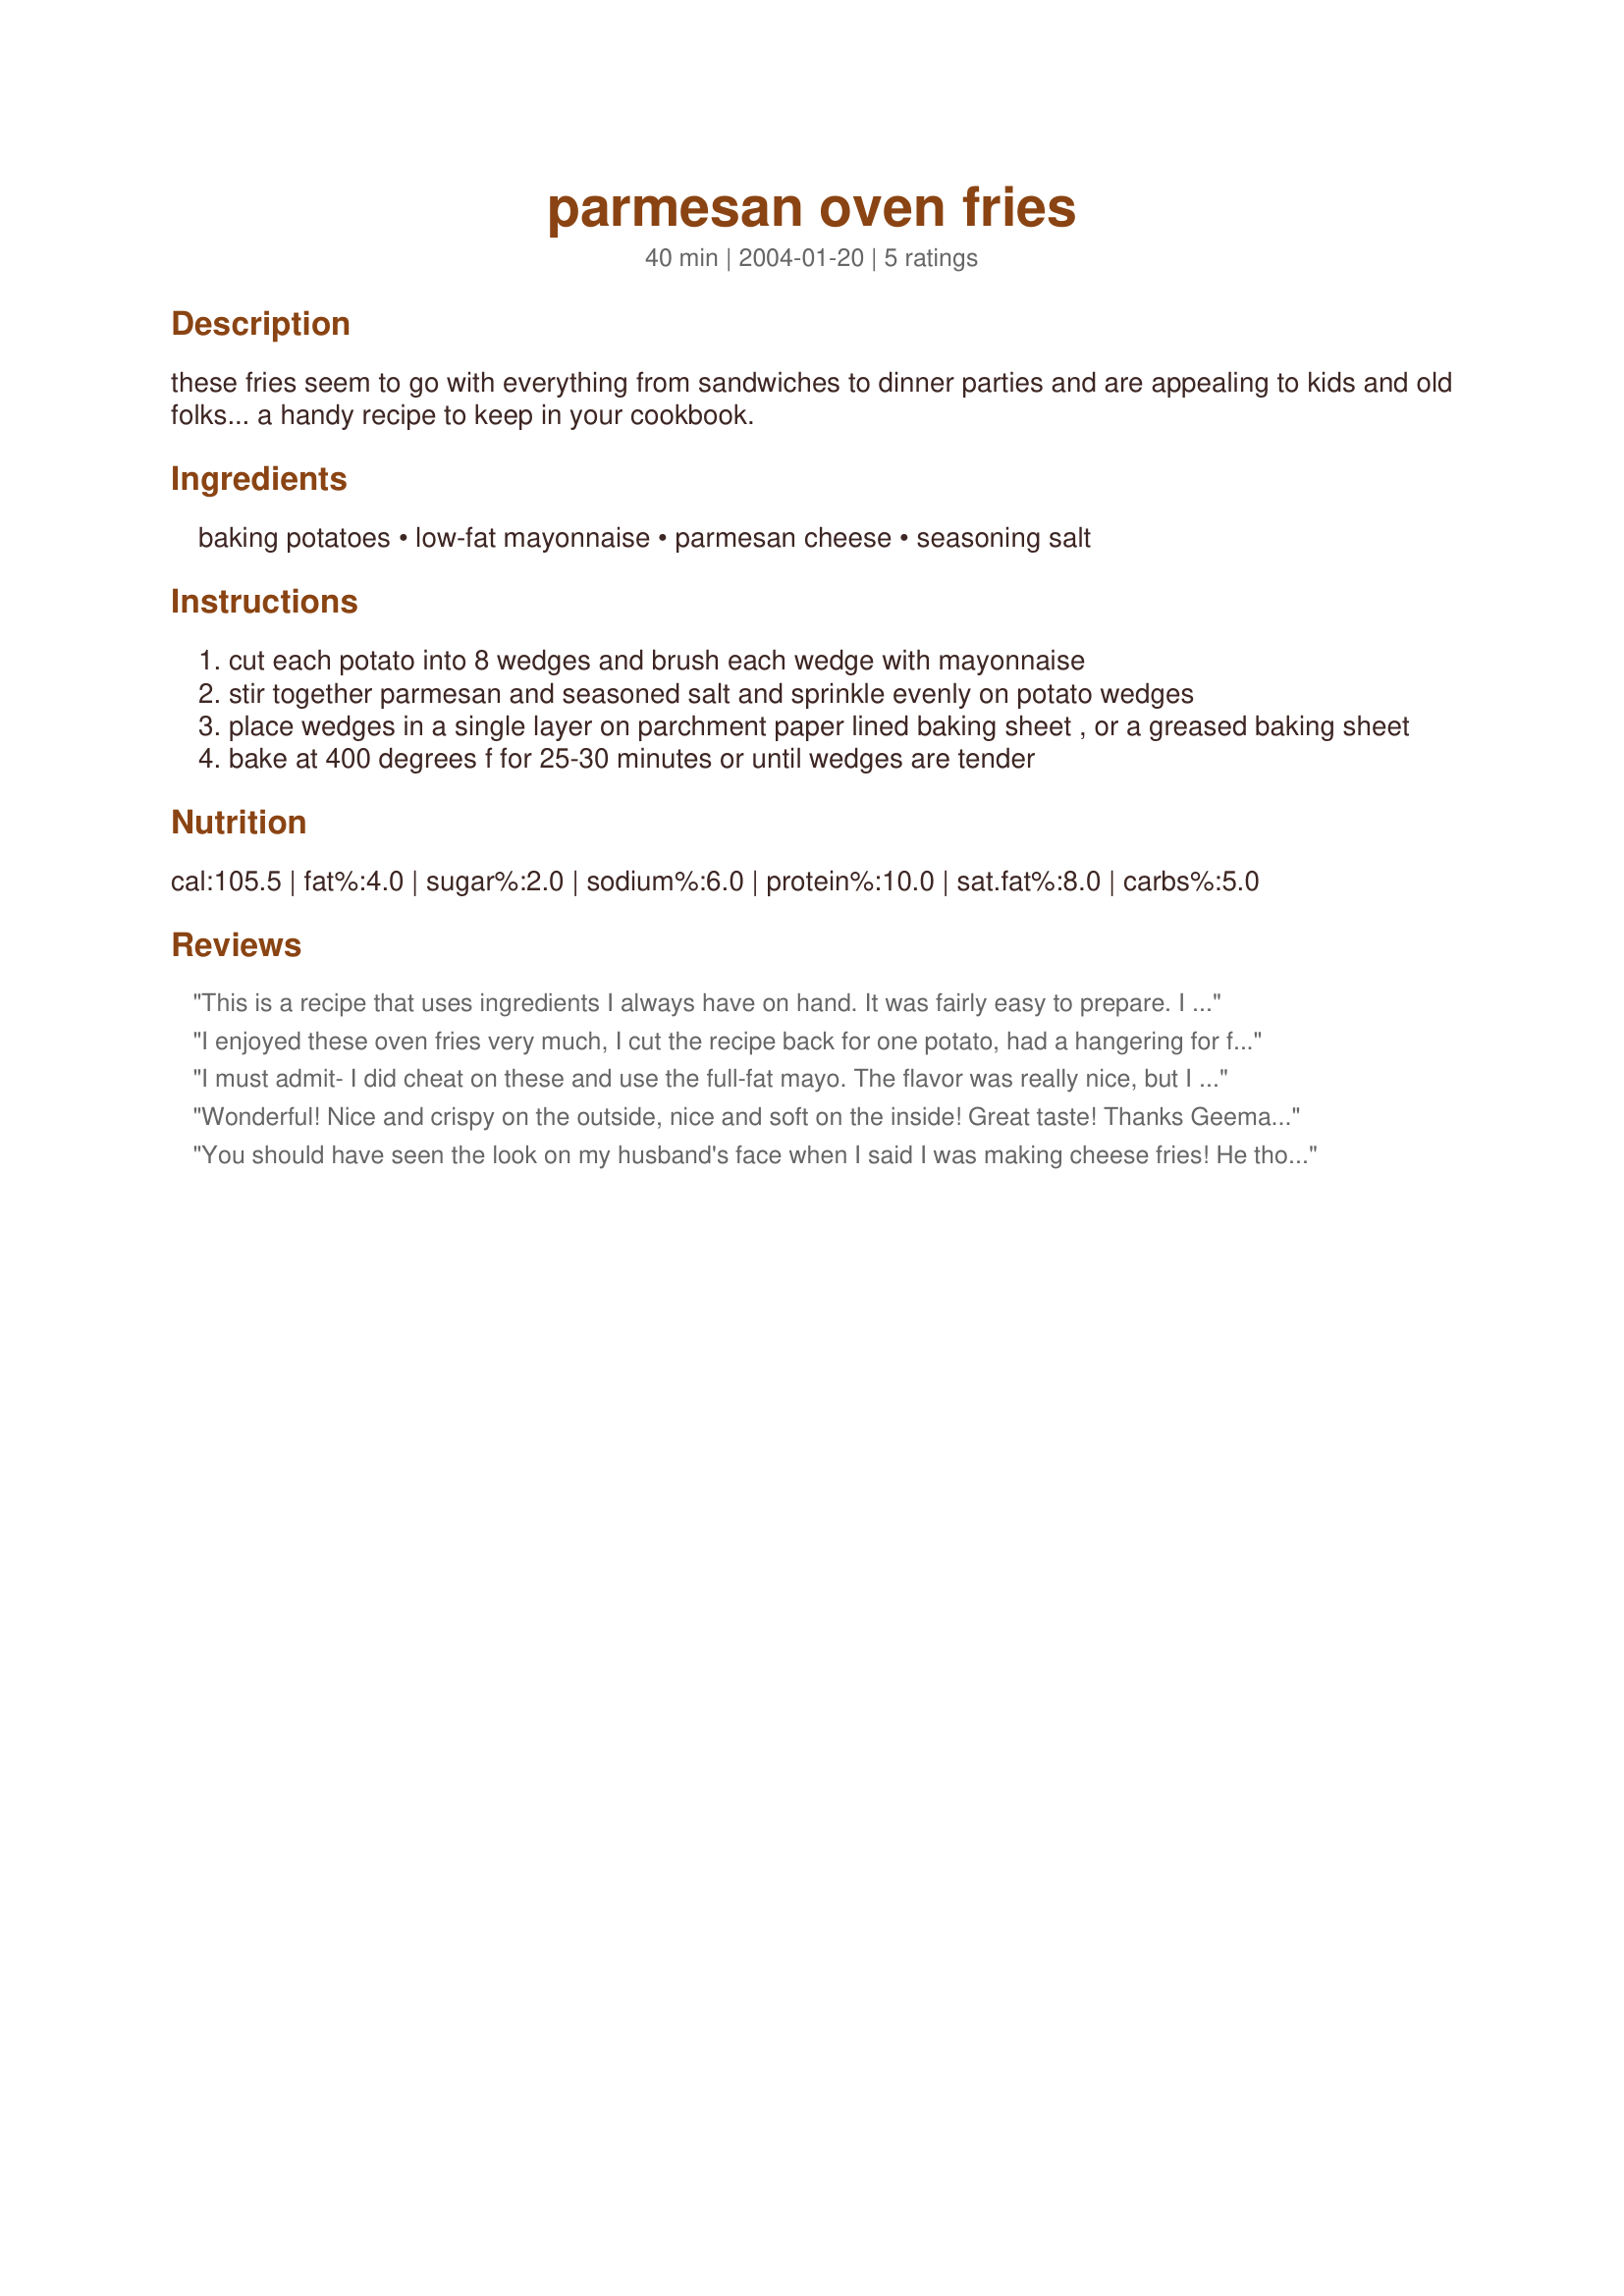
parmesan oven fries
Preparation time: 40 minutes

these fries seem to go with everything from sandwiches to dinner parties and are appealing to kids and old folks... a handy recipe to keep in your cookbook.

Ingredients:
baking potatoes, low-fat mayonnaise, parmesan cheese, seasoning salt

Steps:
cut each potato into 8 wedges and brush each wedge with mayonnaise
stir together parmesan and seasoned salt and sprinkle evenly on potato wedges
place wedges in a single layer on parchment paper lined baking sheet , or a greased baking sheet
bake at 400 degrees f for 25-30 minutes or until wedges are tender

Reviews:
This is a recipe that uses ingredients I always have on hand. It was fairly easy to prepare. I cut my potatoes into thinner pieces because we like them crisp. I also put about a third of the slices into a plastic bag and topped them with about a third of the mayo and squished them around until coated. I repeated with the rest of the potatoes. I sprinkled mine with seasoing salt and garlic, then topped with parmesan cheese. Then I separated them on the pan for even cooking. I baked them about 20 minutes, turned them then baked a bit longer until nice and brown. These are very tasty potatoes! Thanks for sharing your recipe Geema!
I enjoyed these oven fries very much, I cut the recipe back for one potato, had a hangering for fries and was on my own tonight. I had a little trouble keeping the cheese on the fries and the cheese burned a little on some of them. The taste was great and I will try them again, perhaps next time I will add the cheese about half way through cooking them. They were nice and crispy on the outside and soft inside. Thanks for sharing.
I must admit- I did cheat on these and use the full-fat mayo. The flavor was really nice, but I found that the mayo prevented them from crisping well. Like other reivewers, I did find it problematic to get the cheese to stick to the fries and I ended up with a fair amount of cheese burnt onto the pan (luckily, it was lined as directed, so it wasn't a problem!) I thought the flavor was good, but despite cooking mine longer than directed, they still were a little soft (like baked potato texture). Thanks for a nice oven fry recipe, Geema.
Wonderful! Nice and crispy on the outside, nice and soft on the inside! Great taste! Thanks Geema! I did bake mine just about 10 mins. longer.
You should have seen the look on my husband's face when I said I was making cheese fries! He thought his low-fat eating wife had lost her mind! But I used only about 1/8th of a cup of fat free mayo and these were excellent. These are not your ooey gooey cheese fries. Instead they are nice fries with a good cheesy taste. After devouring them dh said he thought they were too salty; as many as he ate I don't think he minded much!
